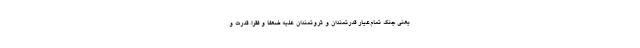
یعنی جنگ تمام‌عیار قدرتمندان و ثروتمندان علیه ضعفا و فقرا. قدرت و